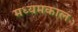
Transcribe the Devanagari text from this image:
मध्यमकाल